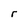
Character: r